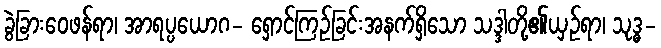
ခွဲခြားဝေဖန်ရာ၊ အာရပ္ပယောဂ- ရှောင်ကြဉ်ခြင်းအနက်ရှိသော သဒ္ဒါတို့၏ယှဉ်ရာ၊ သုဒ္ဓ-